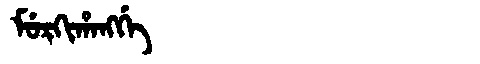
Manchu: ᠮᡠᡵᡴᡳᡥᠠᠩᡤᡝ
Romanization: MURKIHANGGE